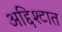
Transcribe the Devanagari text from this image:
अद्दिश्टात